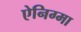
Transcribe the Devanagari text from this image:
ऐनिग्मा